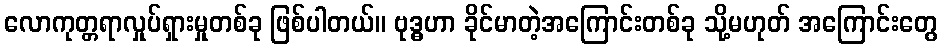
လောကုတ္တရာလှုပ်ရှားမှုတစ်ခု ဖြစ်ပါတယ်။ ဗုဒ္ဓဟာ ခိုင်မာတဲ့အကြောင်းတစ်ခု သို့မဟုတ် အကြောင်းတွေ